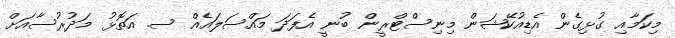
މިކަމާއި ގުޅިގެން އެޑިއުކޭޝަން މިނިސްޓްރީން ބުނީ އެފަދަ މައްސަލައެއް ސ. އަތޮޅު މަދުރުސާއަށް